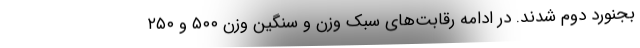
بجنورد دوم شدند. در ادامه رقابت‌های سبک وزن و سنگین وزن ۵۰۰ و ۲۵۰